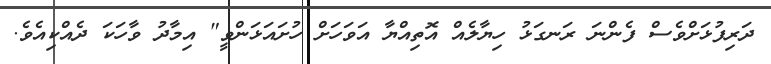
ދަރިފުޅަށްވެސް ފެންނަ ރަނގަޅު ހިޔާލެއް އޮތިއްޔާ އަވަހަށް ހުށައަޅަންވީ" އިމާދު ވާހަކަ ދެއްކިއެވެ.